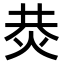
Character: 𤈈